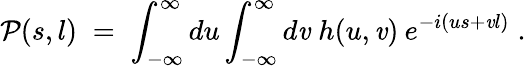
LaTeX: \mathcal{P}(s,l)\; =\; \int_{-\infty}^{\infty}du\int_{-\infty}^{\infty}d\mathit{v}\; h(u,\mathit{v})\: e^{-i(us+\mathit{v}l)}\; .